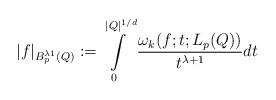
LaTeX: \begin{align*} |f|_{B_p^{\lambda1}(Q)}:= \int\limits_0^{|Q|^{1/d}} \frac{\omega_k(f;t;L_p(Q))}{t^{\lambda+1}}dt\end{align*}